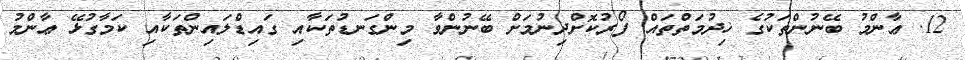
12. ޢާންމު ބޭނުންތަކުގެ ޚިދުމަތްތައް ފޯރުކޮށްދިނުމަށް ބޭނުންވާ މިންގަނޑުތަކާއި ގައިޑްލައިންތަކާއި ކަމާގުޅޭ ޢާންމު